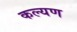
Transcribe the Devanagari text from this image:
कल्यण